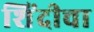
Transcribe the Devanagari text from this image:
शिंदीचा